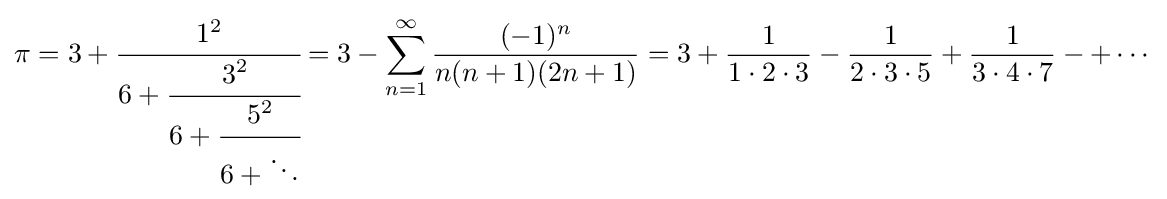
\pi =3+{\cfrac {1^{2}}{6+{\cfrac {3^{2}}{6+{\cfrac {5^{2}}{6+\ddots }}}}}}=3-\sum _{n=1}^{\infty }{\frac {(-1)^{n}}{n(n+1)(2n+1)}}=3+{\frac {1}{1\cdot 2\cdot 3}}-{\frac {1}{2\cdot 3\cdot 5}}+{\frac {1}{3\cdot 4\cdot 7}}-+\cdots